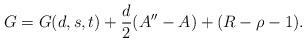
LaTeX: \begin{align*}G=G(d,s,t)+\frac{d}{2}(A''-A)+(R-\rho-1).\end{align*}